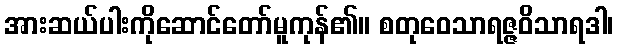
အားဆယ်ပါးကိုဆောင်တော်မူကုန်၏။ စတုဝေသာရဇ္ဇဝိသာရဒါ၊